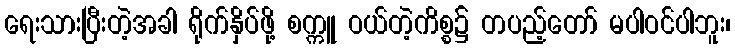
ရေးသားပြီးတဲ့အခါ ရိုက်နှိပ်ဖို့ စက္ကူ ဝယ်တဲ့ကိစ္စ၌ တပည့်တော် မပါဝင်ပါဘူး၊